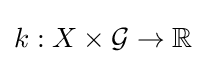
k:X\times {\mathcal {G}}\to \mathbb {R}